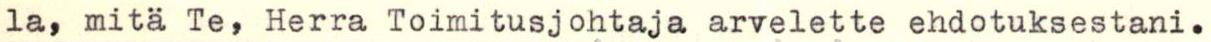
la, mitä Te, Herra Toimitusjohtaja arvelette ehdotuksestani.